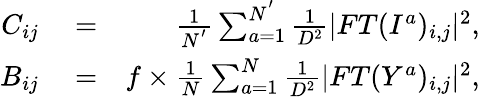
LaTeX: \begin{array}{rlr}{C_{ij}}&{{}=}&{\frac{1}{N^{'}}\sum_{a=1}^{N^{'}}\frac{1}{D^{2}}|FT(I^{a})_{i,j}|^{2},}\\ {B_{ij}}&{{}=}&{f\times\frac{1}{N}\sum_{a=1}^{N}\frac{1}{D^{2}}|FT(Y^{a})_{i,j}|^{2},}\end{array}